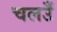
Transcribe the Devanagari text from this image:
चलउँ